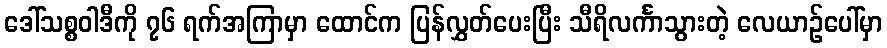
ဒေါ်သစ္စဝါဒီကို ၇၆ ရက်အကြာမှာ ထောင်က ပြန်လွှတ်ပေးပြီး သီရိလင်္ကာသွားတဲ့ လေယာဉ်ပေါ်မှာ